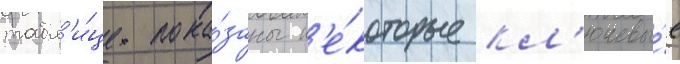
табл'и́це пока́заны н'е́которые кл'ючевы́е